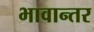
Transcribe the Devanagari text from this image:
भावान्तर